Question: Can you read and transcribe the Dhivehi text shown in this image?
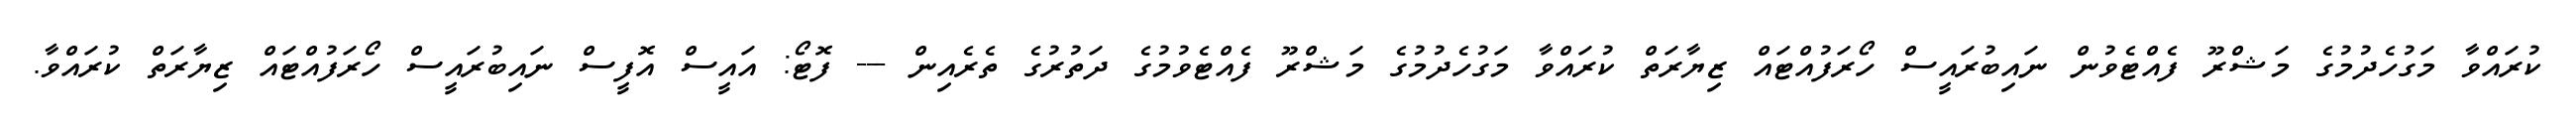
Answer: ކުރައްވާ މަގުހެދުމުގެ މަޝްރޫ ފެއްޓެވުން ނައިބުރައީސް ހޯރަފުއްޓައް ޒިޔާރަތް ކުރައްވާ މަގުހެދުމުގެ މަޝްރޫ ފެއްޓެވުމުގެ ދަތުރުގެ ތެރެއިން --- ފޮޓޯ: އައީސް އޮފީސް ނައިބުރައީސް ހޯރަފުއްޓައް ޒިޔާރަތް ކުރައްވާ.